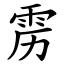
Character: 雳